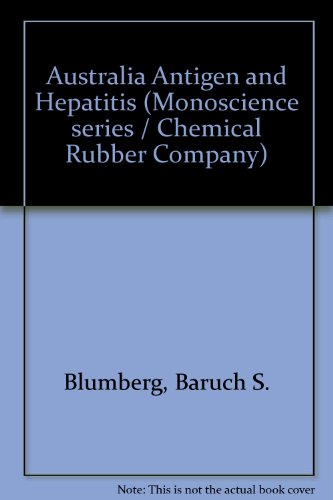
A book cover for Australia Antigen and Hepatitis; etc. Blumberg Baruch S; Health, Fitness & Dieting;